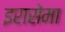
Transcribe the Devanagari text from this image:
इरासेमा